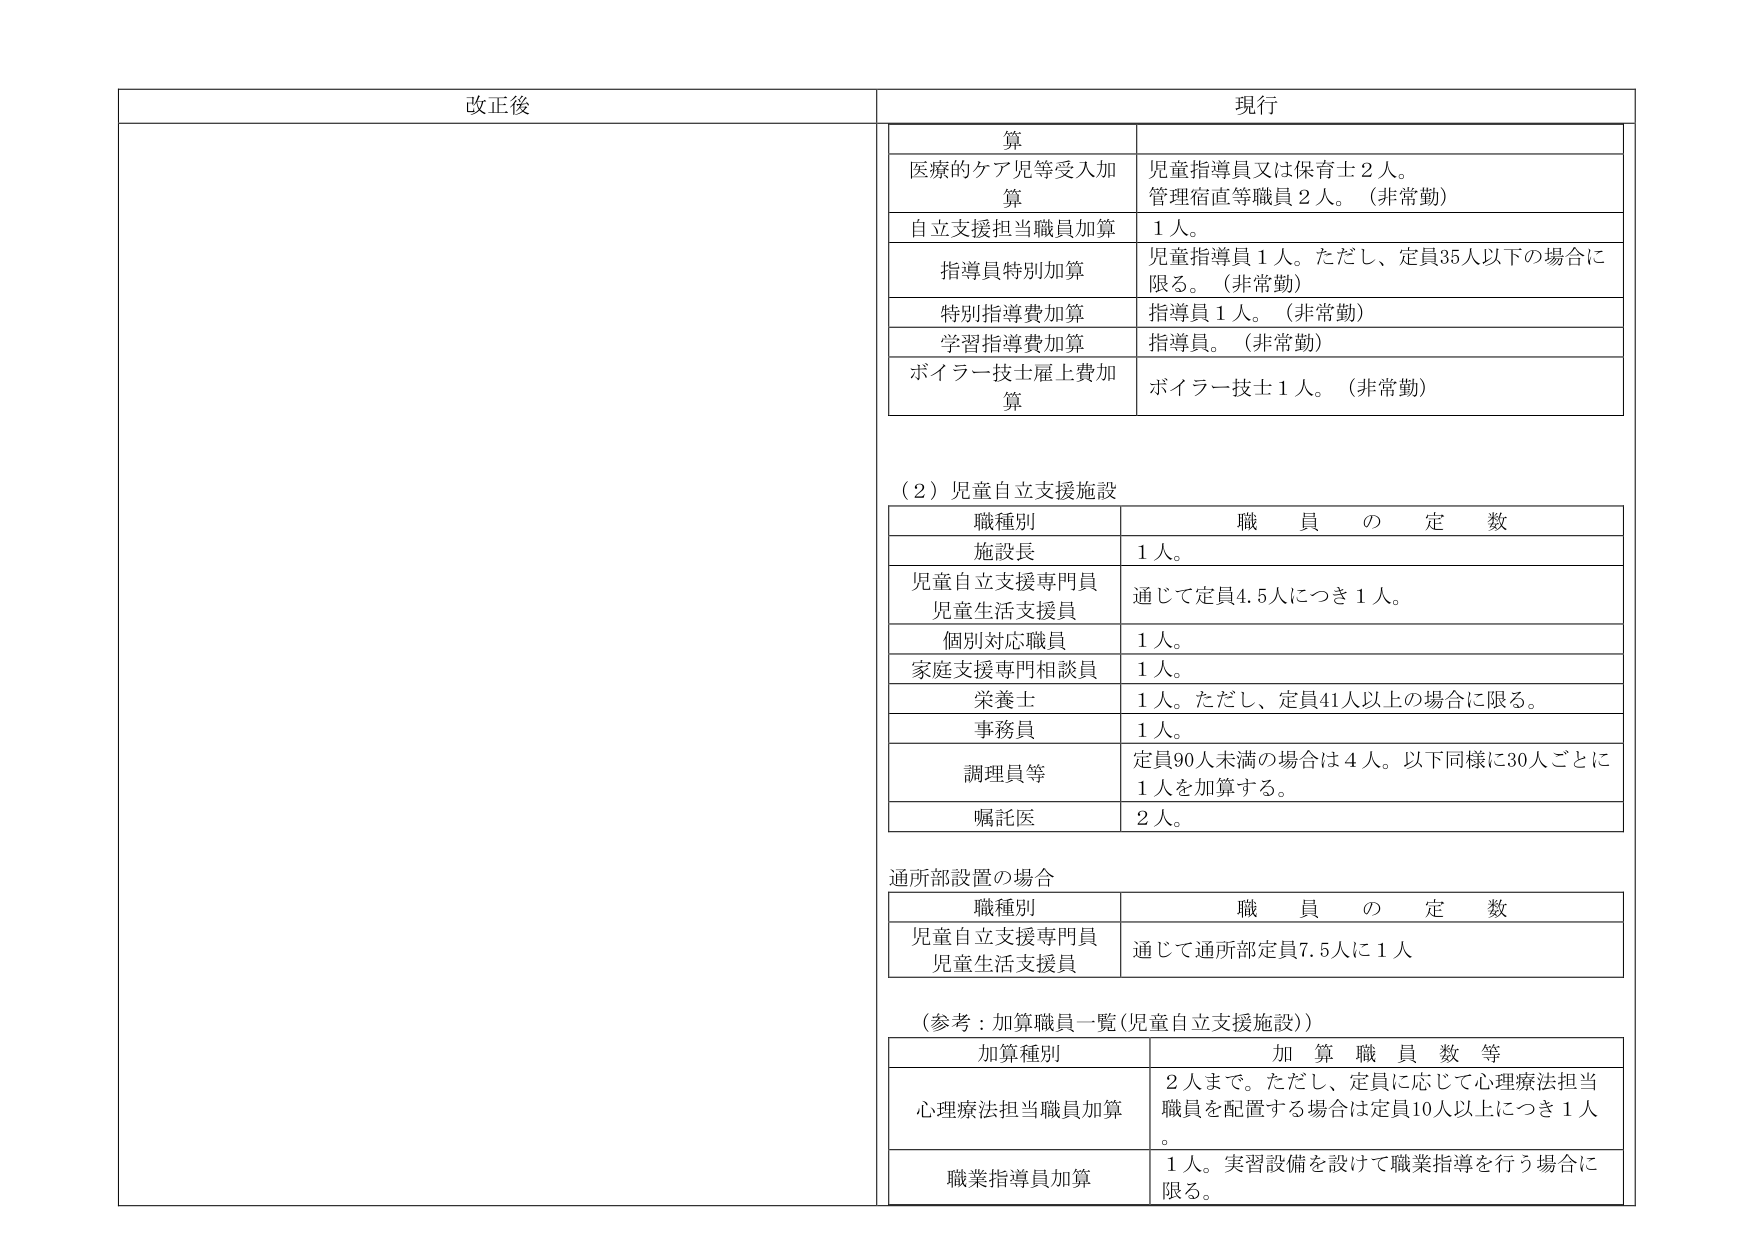
改正後

現行

算

医療的ケア等受入加算
児童指導員又は保育士２人。
管理宿直等職員２人。（非常勤）

自立支援担当職員加算
１人。

指導員特別加算
児童指導員１人。ただし、定員35人以下の場合一限る。（非常勤）

特別指導費加算
指導員１人。（非常勤）

学習指導費加算
指導員。（非常勤）

ボイラー技士雇上費加算
ボイラー技士１人。（非常勤）

（２）児童自立支援施設

職種別　　　　　　　　　　　職員の定数

施設長　　　　　　　　　　　１人。

児童自立支援専門員
児童生活支援員　　　　　　　通じて定員4.5人につき１人。

個別対応職員　　　　　　　　１人。

家庭支援専門相談員　　　　　１人。

栄養士　　　　　　　　　　　１人。ただし、定員41人以上の場合に限る。

事務員　　　　　　　　　　　１人。

調理員等　　　　　　　　　　定員90人未満の場合は４人。以下同様に30人ごとに１人を加算する。

嘱託医　　　　　　　　　　　２人。

通所部設置の場合

職種別　　　　　　　　　　　職員の定数

児童自立支援専門員
児童生活支援員　　　　　　　通じて通所部定員7.5人に１人

（参考：加算職員一覧（児童自立支援施設））

加算種別　　　　　　　　　　加算職員数等

心理療法担当職員加算　　　　２人まで。ただし、定員に応じて心理療法担当職員を配置する場合は定員10人以上につき１人。

職業指導員加算　　　　　　１人。実習設備を設けて職業指導を行う場合に限る。